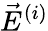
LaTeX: \vec{E}^{(i)}